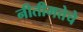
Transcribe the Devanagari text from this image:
नीतीमत्तेचे